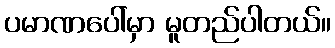
ပမာဏပေါ်မှာ မူတည်ပါတယ်။